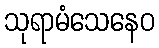
သုရာမံသေနေဝ